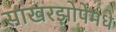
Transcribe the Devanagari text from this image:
साखरझोपेमधे